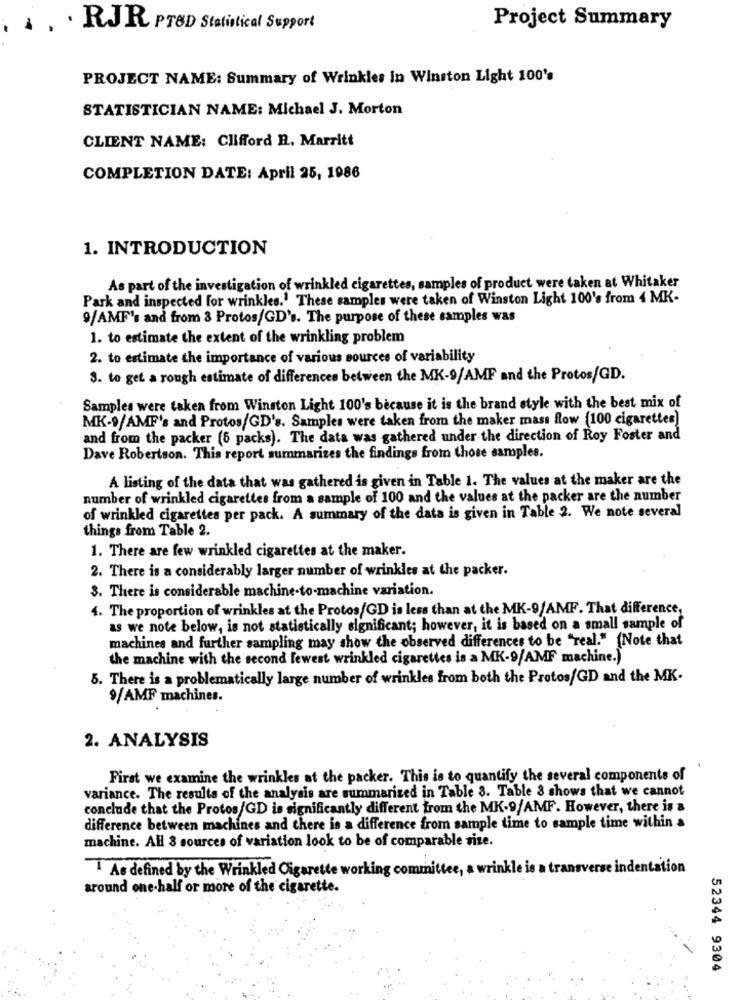
4 . . RJR PTSD Statistical Support
Project Summary
PROJECT NAME: Summary of Wrinkles in Winston Light 100's
STATISTICIAN NAME: Michael J. Morton
CLIENT NAME: Clifford R. Marritt
COMPLETION DATE: April 25, 1986
1. INTRODUCTION
As part of the investigation of wrinkled cigarettes, samples of product were taken at Whitaker
Park and inspected for wrinkles.' These samples were taken of Winston Light 100's from 4 MK-
9/AMF's and from 3 Protos/GD's. The purpose of these samples was
1. to estimate the extent of the wrinkling problem
2. to estimate the importance of various sources of variability
3. to get a rough estimate of differences between the MK-9/AMF and the Protos/GD.
Samples were taken from Winston Light 100's because it is the brand style with the best mix of
MK-9/AMF's and Protos/GD's. Samples were taken from the maker mass flow (100 cigarettes)
and from the packer (5 packs). The data was gathered under the direction of Roy Foster and
Dave Robertson. This report summarizes the findings from those samples.
A listing of the data that was gathered is given in Table 1. The values at the maker are the
number of wrinkled cigarettes from a sample of 100 and the values at the packer are the number
of wrinkled cigarettes per pack. A summary of the data is given in Table 2. We note several
things from Table 2.
1. There are few wrinkled cigarettes at the maker.
2. There is a considerably larger number of wrinkles at the packer.
3. There is considerable machine-to-machine variation.
4. The proportion of wrinkles at the Protos/GD is less than at the MK-9/AMF. That difference,
as we note below, is not statistically significant; however, it is based on a small sample of
machines and further sampling may show the observed differences to be "real." (Note that
the machine with the second lewest wrinkled cigarettes is a MK-9/AMF machine.)
5. There is a problematically large number of wrinkles from both the Protos/GD and the MK.
9/AMF machines.
2. ANALYSIS
First we examine the wrinkles at the packer. This is to quantify the several components of
variance. The results of the analysis are summarized in Table 3. Table 8 shows that we cannot
conclude that the Protos/GD is significantly different from the MK-9/AMF. However, there is a
difference between machines and there is a difference from sample time to sample time within a
machine. All 8 sources of variation look to be of comparable size.
As defined by the Wrinkled Cigarette working commit
le is a transverse indentation
around one-half or more of the cigarette.
52344 9304